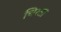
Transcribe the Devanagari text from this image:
चिरता